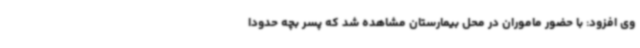
وی افزود: با حضور ماموران در محل بیمارستان مشاهده شد که پسر بچه حدودا